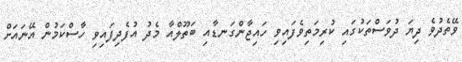
ވޭތެދުވެ ދިޔަ ދުވަސްތަކުގައި ކުރިމަތިވެފައިވި ހައިޖާންގަނޑާއި ބަތޫލްއާ މެދު އުފެދިފައިވި ހާސްކަމުން އޭނައަށް